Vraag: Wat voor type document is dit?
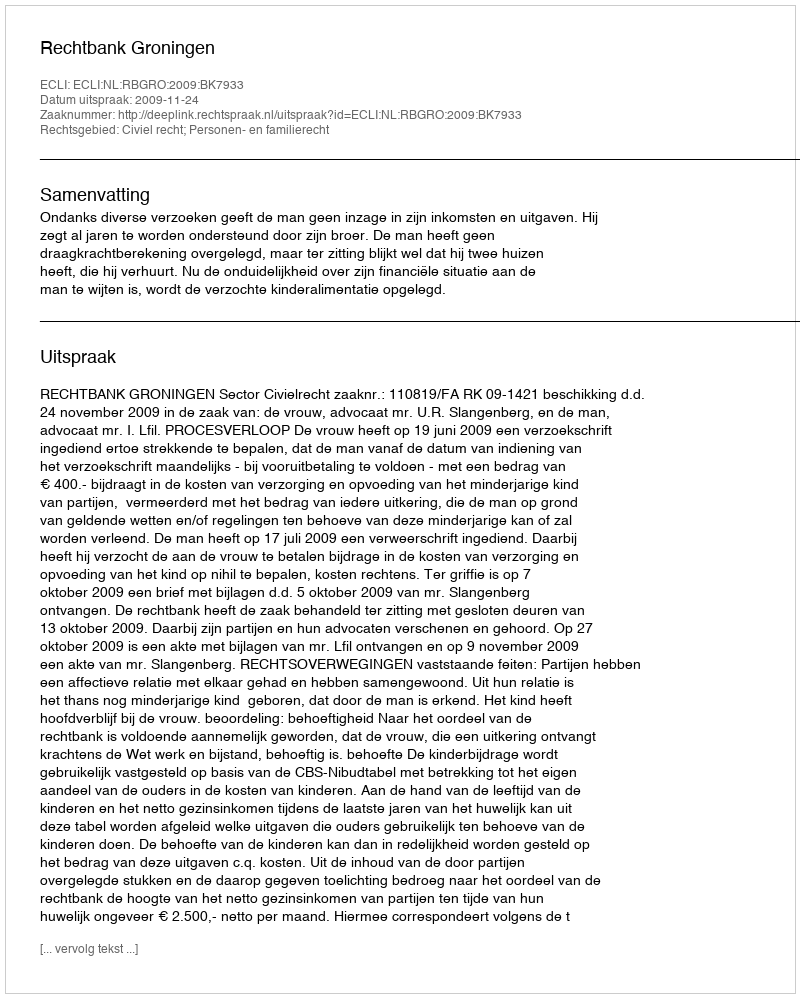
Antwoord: Uitspraak